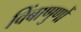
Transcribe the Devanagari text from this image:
विंबाणुणों